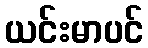
ယင်းမာပင်